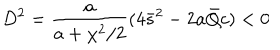
D ^ { 2 } = \frac { a } { a + \chi ^ { 2 } / 2 } ( 4 \bar { s } ^ { 2 } - 2 a \bar { Q } c ) < 0